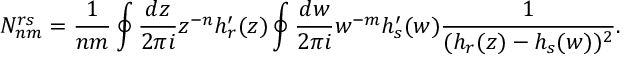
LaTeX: N _ { n m } ^ { r s } = \frac { 1 } { n m } \oint \frac { d z } { 2 \pi i } z ^ { - n } h _ { r } ^ { \prime } ( z ) \oint \frac { d w } { 2 \pi i } w ^ { - m } h _ { s } ^ { \prime } ( w ) \frac { 1 } { ( h _ { r } ( z ) - h _ { s } ( w ) ) ^ { 2 } } .